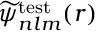
\widetilde { \psi } _ { n l m } ^ { \mathrm { t e s t } } ( \boldsymbol { r } )